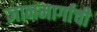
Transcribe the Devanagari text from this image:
ज्ञानमार्गाची